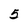
Character: 5